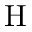
\textrm { H }